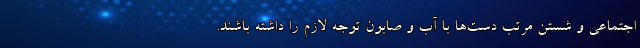
اجتماعی و شستن مرتب دست‌ها با آب و صابون توجه لازم را داشته باشند.